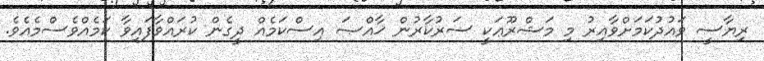
ރިޔާސީ ވައުދުކަމަށްވާއިރު މި މަޝްރޫޢަކީ ސަރުކާރުން ޚާއްޞަ އިސްކަމެއް ދީގެން ކުރައްވާފައިވާ ކަމެއްވެސްމެއެވެ.